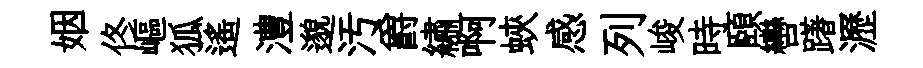
姻佟嶇狐遥澧邈汚爵繡啊蛺感列峻時頤轡躇瀝